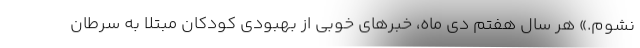
نشوم.» هر سال هفتم دی ماه، خبرهای خوبی از بهبودی کودکان مبتلا به سرطان